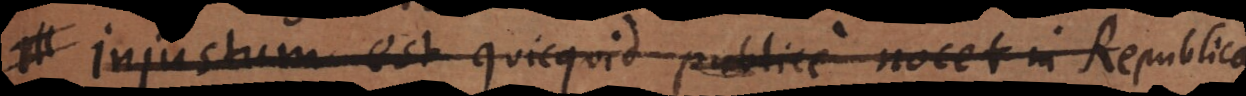
Injustum est quicquid publice nocet in Republica